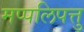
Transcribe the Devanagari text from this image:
मप्पलिपत्तु